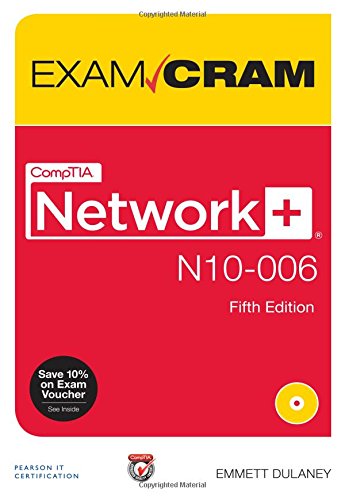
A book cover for CompTIA Network+ N10-006 Exam Cram (5th Edition); Emmett Dulaney; Engineering & Transportation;